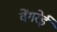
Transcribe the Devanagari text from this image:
वेंगरेई